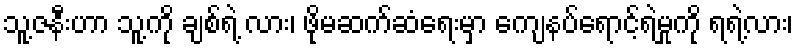
သူ့ဇနီးဟာ သူ့ကို ချစ်ရဲ့ လား၊ ဖိုမဆက်ဆံရေးမှာ ကျေနပ်ရောင့်ရဲမှုကို ရရဲ့လား၊